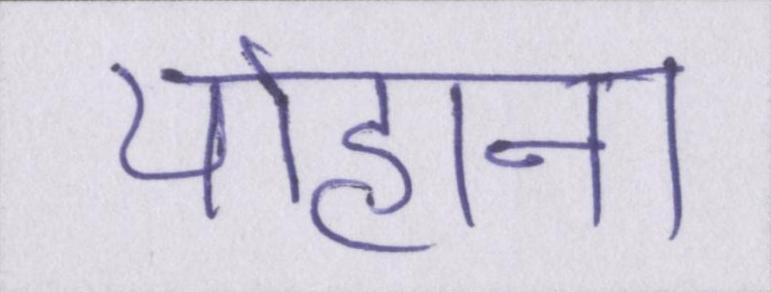
योहाना